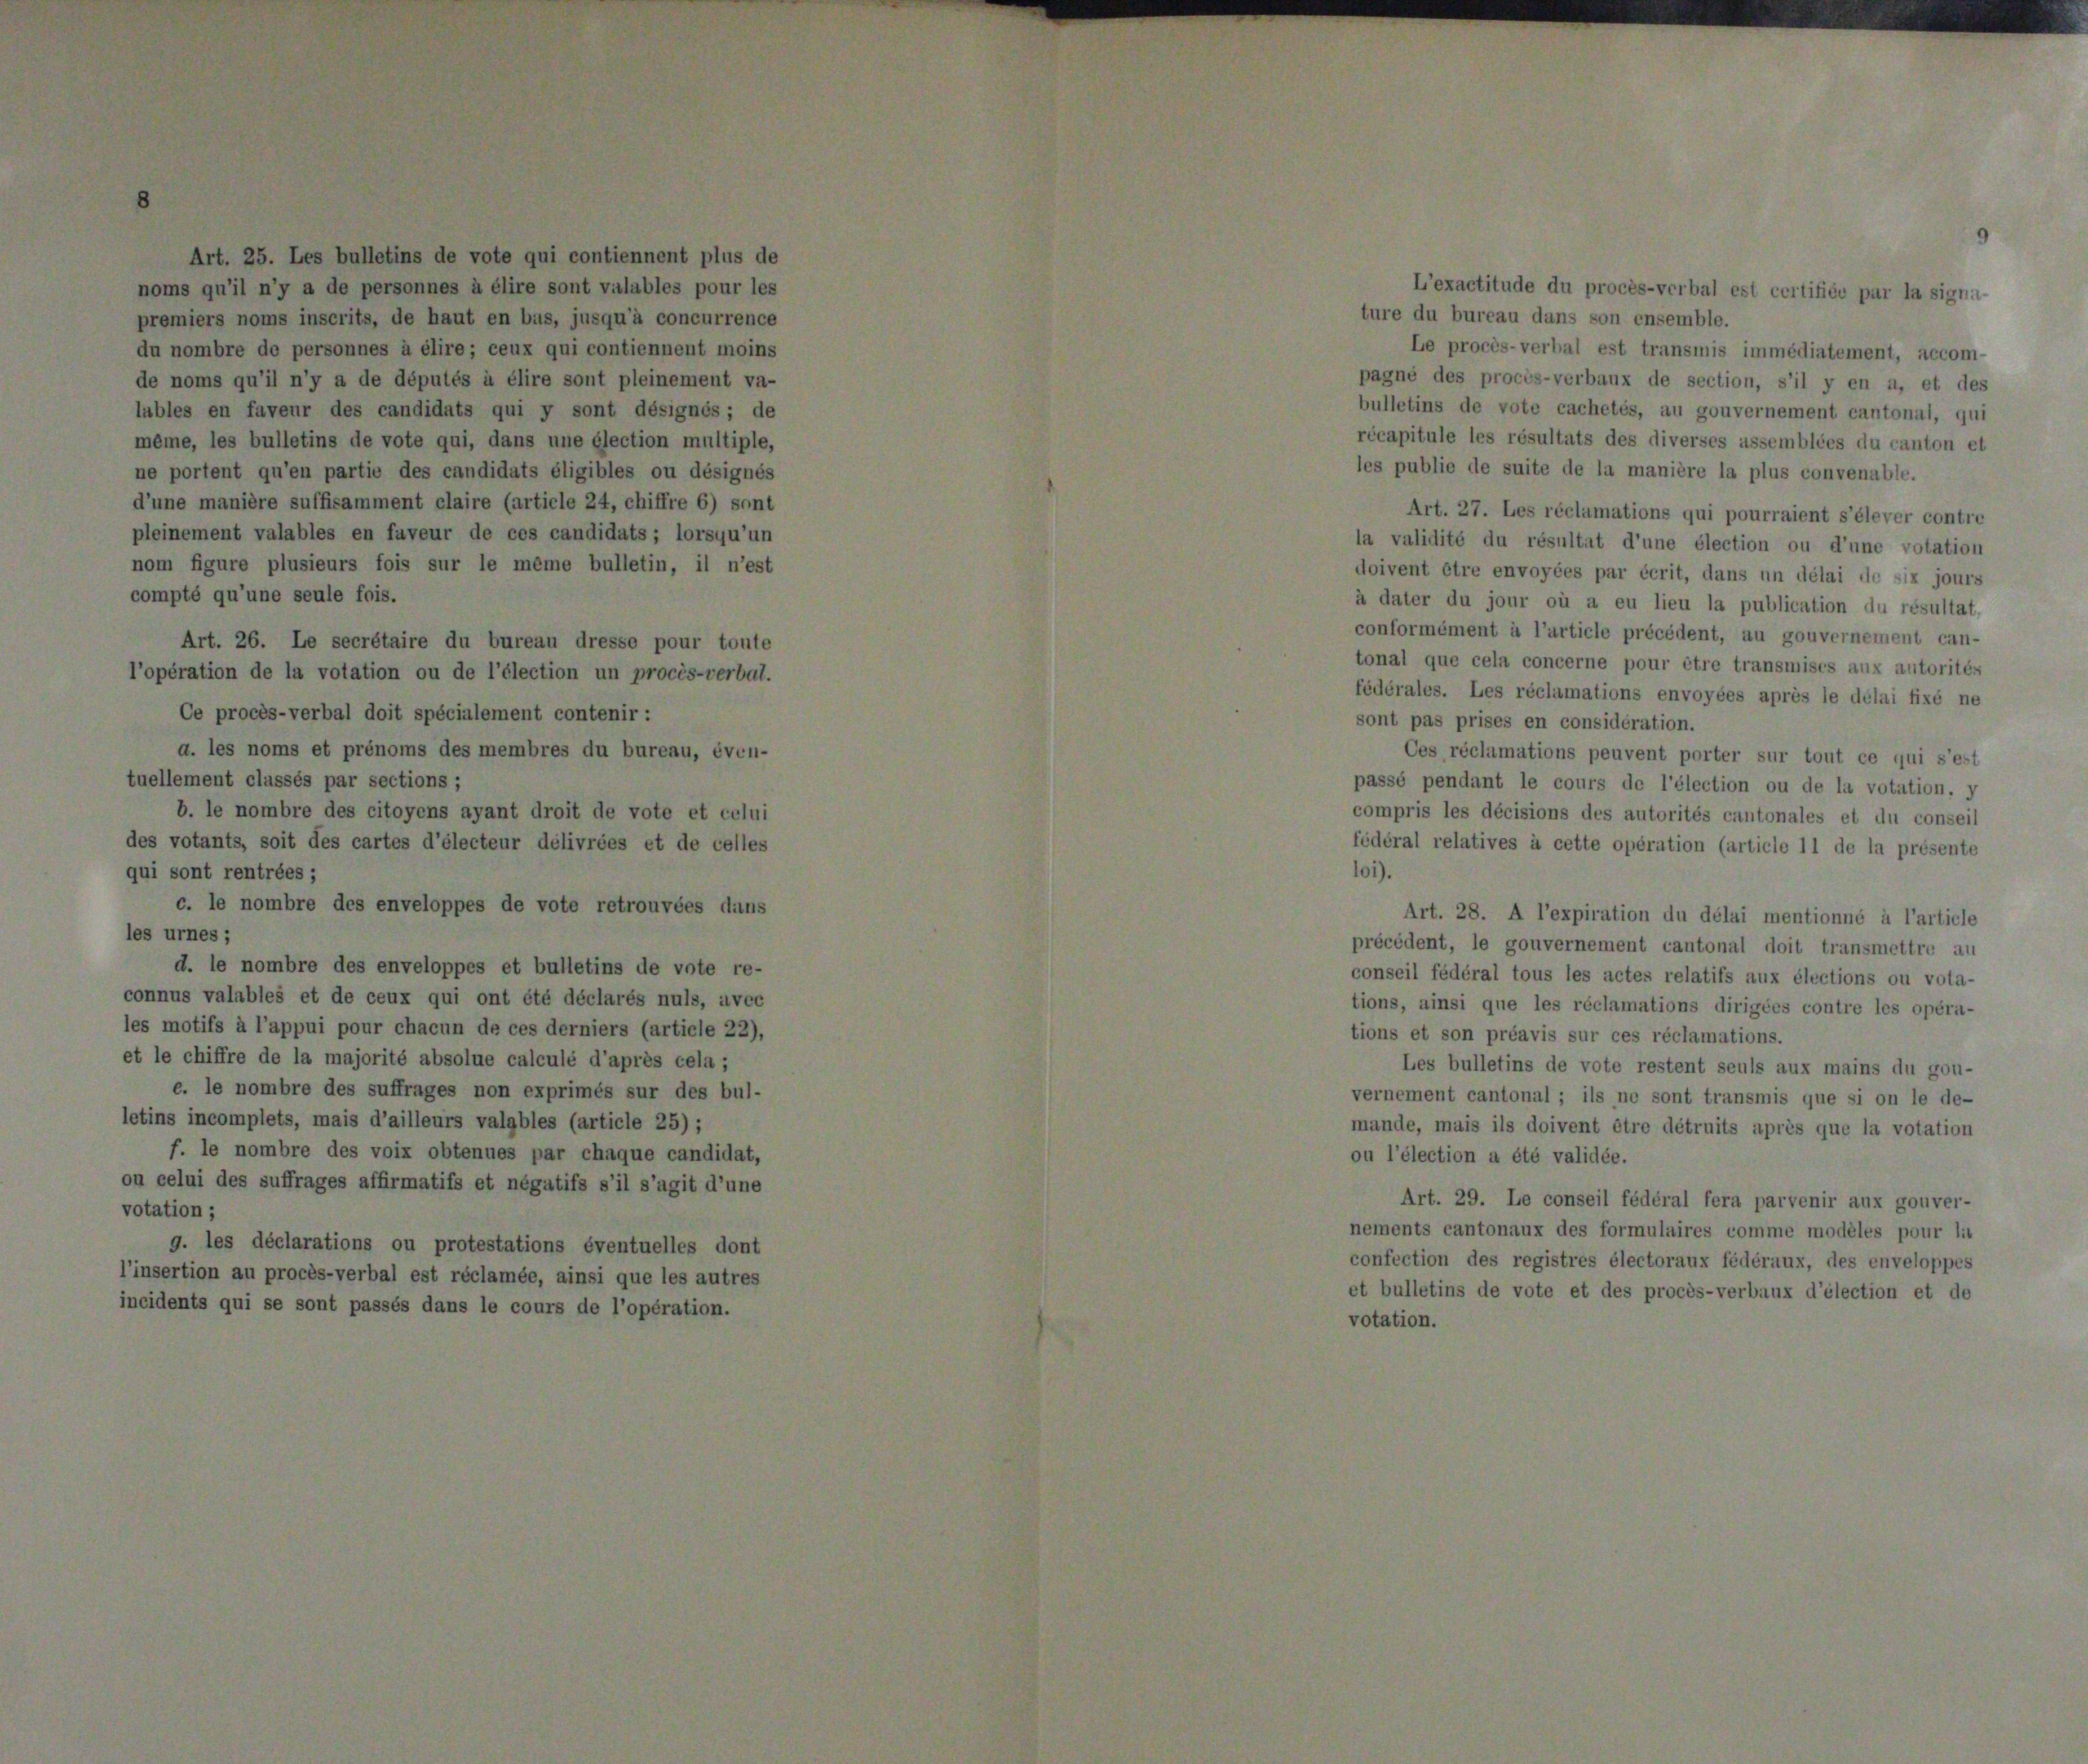
lubles en faveur des candidats qui y sont désignés; de
même, les bulletins de vote qui, dans une élection multiple,
ne portent qu’en partie des candidats éligibles ou désignés
d’une manière suffisamment claire (article 24, chiffre 6) sont
pleinement valables en faveur de ces candidats; lorsqu’un
nom figure plusieurs fois sur le même bulletin, il n’est

d. le nombre des enveloppes et bulletins de vote re-
connus valables et de ceux qui ont été déclarés nuls, avec
les motifs à l’appui pour chacun de ces derniers (article 22),
et le chiffre de la majorité absolue calculé d’après cela ;
e. le nombre des suffrages non exprimés sur des bul-
letins incomplets, mais d’ailleurs valables (article 25) ;
f. le nombre des voix obtenues par chaque candidat,
ou celui des suffrages affirmatifs et négatifs s’il s’agit d’une

l’in

tuel

des vi
qui so
c.

les i

es;
bre des er

g. les déclarations ou protesta
sertion au procès-verbal est réclar
dents qui se sont passés dans le

le

26. Le secrétaire du bureau d.
on de la votation ou de l’élection
procès-verbal doit spécialement con
es noms et prénoms des membres e
nt classés par sections;
nombre des citoyens ayant droit
its, soit des cartes d’électeur délivi

6

sse pour toute
1 procès-verbal.

6

c

uelles dont
e les autres

sul

prises en considération.
réclamations peuvent porter sur te
ndant le cours de l’élection ou de
les décisions des autorités cantonale
relatives à cette opération (article 1

’ex

le gouvernement
ral tous les acte
i que les réclami
n préavis sur ces
illetins de vote r

X

eu lieu la publication du
précédent, au gouvernem
ie cela concerne pour être transmises aux a
s. Les réclamations envoyées après le délai

ne

fédéral fera
rmulaires

la vi
 eb
de le